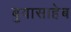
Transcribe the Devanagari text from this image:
बुवासाहेब